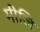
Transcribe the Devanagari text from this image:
मीजि